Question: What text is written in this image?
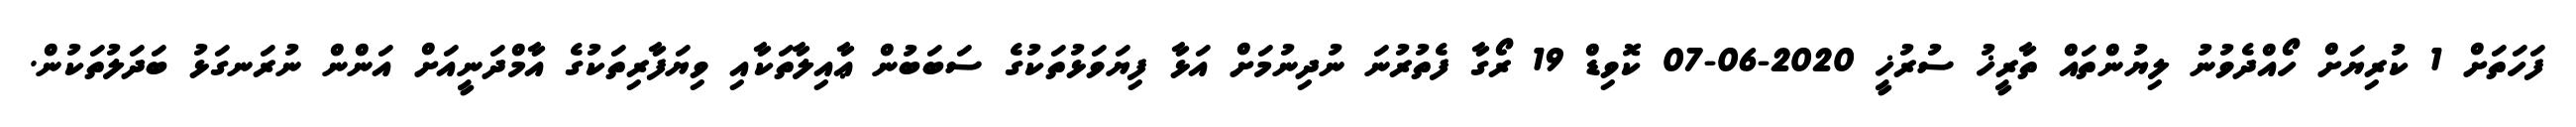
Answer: ފަހަތަށް 1 ކުރިޔަށް ހޯއްދެވުނު ލިޔުންތައް ތާރީޚު ސުރުޚީ 2020-06-07 ކޮވިޑް 19 ރޯގާ ފެތުރުނަ ނުދިނުމަށް އަޅާ ފިޔަވަޅުތަކުގެ ސަބަބުން ޢާއިލާތަކާއި ވިޔަފާރިތަކުގެ އާމްދަނީއަށް އަންން ނުރަނގަޅު ބަދަލުތަކުން.